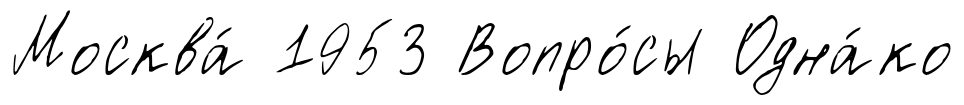
Москва́ 1953 Вопро́сы Одна́ко